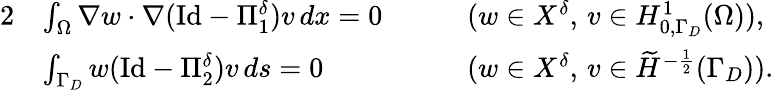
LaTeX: \begin{array}{rlrl}{{2}}&{\int_{\Omega}\nabla w\cdot\nabla(\mathrm{Id}-\Pi_{1}^{\delta})v\, dx=0\quad}&&{(w\in X^{\delta},\, v\in H_{0,\Gamma_{D}}^{1}(\Omega)),}\\ &{\int_{\Gamma_{D}}w(\mathrm{Id}-\Pi_{2}^{\delta})v\, ds=0}&&{(w\in X^{\delta},\, v\in\widetilde{H}^{-\frac 12}(\Gamma_{D})).}\end{array}